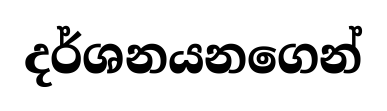
දර්ශනයනගෙන්